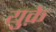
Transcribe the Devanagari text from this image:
युक़े